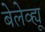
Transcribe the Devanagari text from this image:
बेलेव्ह्यू